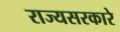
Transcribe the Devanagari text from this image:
राज्यसरकारे